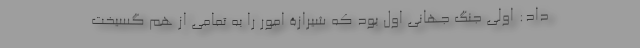
داد: اولی جنگ جهانی اول بود که شیرازۀ امور را به تمامی از هم گسیخت